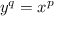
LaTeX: y ^ { q } = x ^ { p }